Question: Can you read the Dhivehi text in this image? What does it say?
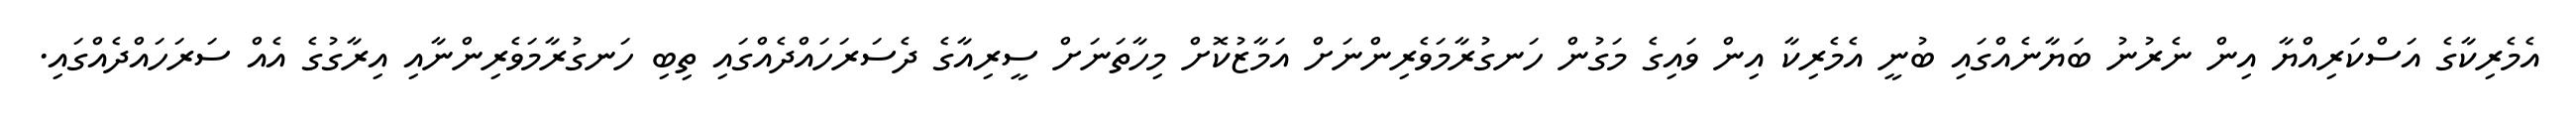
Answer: އެމެރިކާގެ އަސްކަރިއްޔާ އިން ނެރުނު ބަޔާނެއްގައި ބުނީ އެމެރިކާ އިން ވައިގެ މަގުން ހަނގުރާމަވެރިންނަށް އަމާޒުކޮށް މިހާތަނަށް ސީރިއާގެ ދެސަރަހައްދެއްގައި ތިބި ހަނގުރާމަވެރިންނާއި އިރާގުގެ އެއް ސަރަހައްދެއްގައި.